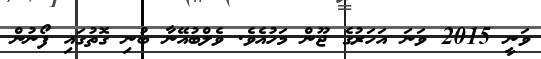
ވަނީ 2015 ވަނަ އަހަރުގެ ޖޫން މަހުއެވެ. ވެލްބުއޭނާ ބުނި ގޮތުގައި ފޯނުން